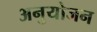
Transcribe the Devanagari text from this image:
अनुयोजन